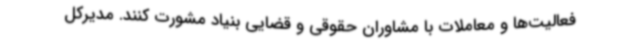
فعالیت‌ها و معاملات با مشاوران حقوقی و قضایی بنیاد مشورت کنند. مدیرکل